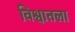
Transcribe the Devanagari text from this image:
विश्वातला